Lunatic asylums Punjab 1881-1894 - 1881-1894
Year: 1881
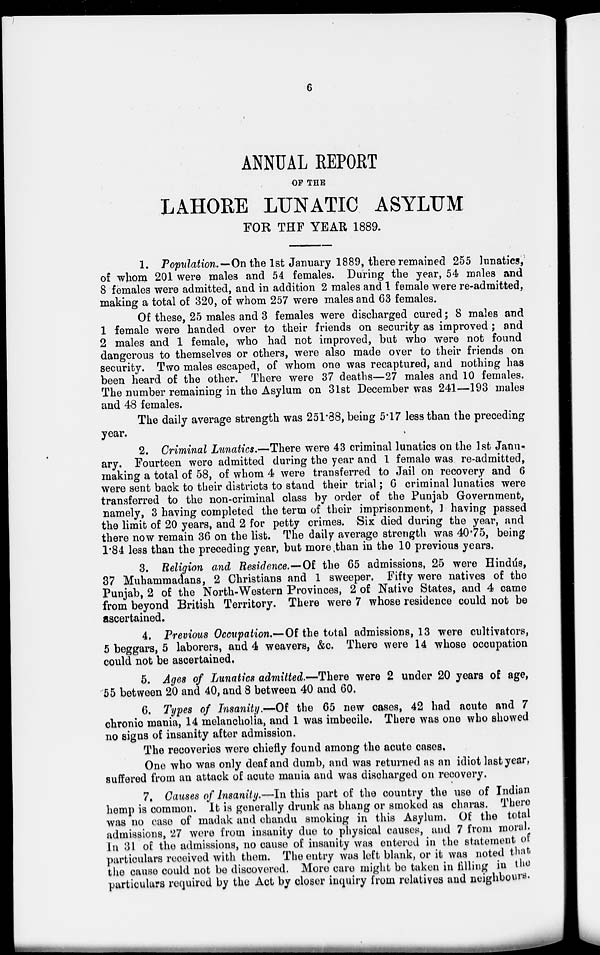
6
ANNUAL REPORT
OF THE
LAHORE LUNATIC ASYLUM
FOR THE YEAR 1889.
1. Population.—On the 1st January 1889, there remained 255 lunatics,
of whom 201 were males and 54 females. During the year, 54 males and
8 females were admitted, and in addition 2 males and 1 female were re-admitted,
making a total of 320, of whom 257 were males and 63 females.
Of these, 25 males and 3 females were discharged cured; 8 males and
1 female were handed over to their friends on security as improved ; and
2 males and 1 female, who had not improved, but who were not found
dangerous to themselves or others, were also made over to their friends on
security. Two males escaped, of whom one was recaptured, and nothing has
been heard of the other. There were 37 deaths—27 males and 10 females.
The number remaining in the Asylum on 31st December was 241—193 males
and 48 females.
The daily average strength was 251.88, being 5.17 less than the preceding
year.
2. Criminal Lunatics.—There were 43 criminal lunatics on the 1st Janu-
ary. Fourteen were admitted during the year and 1 female was re-admitted,
making a total of 58, of whom 4 were transferred to Jail on recovery and 6
were sent back to their districts to stand their trial; 6 criminal lunatics were
transferred to the non-criminal class by order of the Punjab Government,
namely, 3 having completed the term of their imprisonment, 1 having passed
the limit of 20 years, and 2 for petty crimes. Six died during the year, and
there now remain 36 on the list. The daily average strength was 40.75, being
1.84 less than the preceding year, but more than in the 10 previous years.
3. Religion and Residence.—Of the 65 admissions, 25 were Hindús,
37 Muhammadans, 2 Christians and 1 sweeper. Fifty were natives of the
Punjab, 2 of the North-Western Provinces, 2 of Native States, and 4 came
from beyond British Territory. There were 7 whose residence could not be
ascertained.
4. Previous Occupation.—Of the total admissions, 13 were cultivators,
5 beggars, 5 laborers, and 4 weavers, &c. There were 14 whose occupation
could not be ascertained.
5. Ages of Lunatics admitted.—There were 2 under 20 years of age,
55 between 20 and 40, and 8 between 40 and 60.
6. Types of Insanity.—Of the 65 new cases, 42 had acute and 7
chronic mania, 14 melancholia, and 1 was imbecile. There was one who showed
no signs of insanity after admission.
The recoveries were chiefly found among the acute cases.
One who was only deaf and dumb, and was returned as an idiot last year,
suffered from an attack of acute mania and was discharged on recovery.
7. Causes of Insanity.—In this part of the country the use of Indian
hemp is common. It is generally drunk as bhang or smoked as charas. There
was no case of madak and chandu smoking in this Asylum. Of the total
admissions, 27 were from insanity due to physical causes, and 7 from moral.
In 31 of the admissions, no cause of insanity was entered in the statement of
particulars received with them. The entry was left blank, or it was noted that
the cause could not be discovered. More care might be taken in filling in the
particulars required by the Act by closer inquiry from relatives and neighbours.